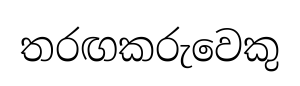
තරඟකරුවෙකු